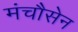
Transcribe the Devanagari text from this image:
मंचौसेन